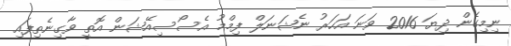
ނިމިގެން ދިޔަ 2016 ވަނަ އަހަރު ނެޝަނަލް ފިމްމު އެސޯސިއޭޝަން އޮތީ ވާގިނެތިފައި